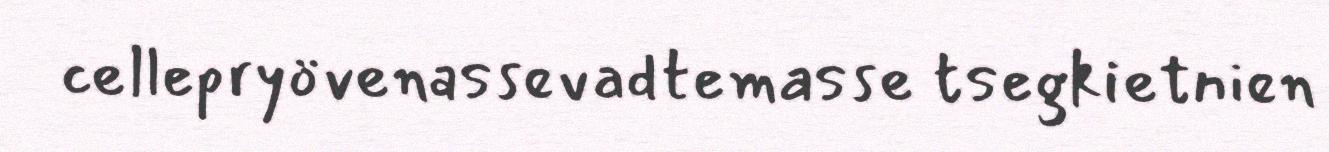
cellepryövenassevadtemasse tsegkietnien